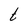
Character: t